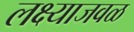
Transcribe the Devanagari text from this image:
लक्ष्याजवळ